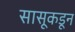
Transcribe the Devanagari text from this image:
सासूकडून